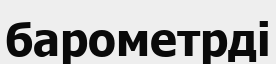
барометрді